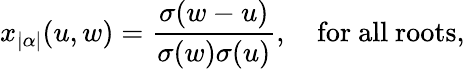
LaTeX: x_{|\alpha|}(u,w)={\frac{\sigma(w-u)}{\sigma(w)\sigma(u)}},\quad\mathrm{for~all~roots},